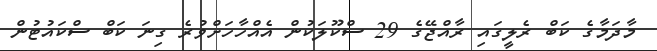
މާދަމާގެ ކަބް ރެލީގައި ރާއްޖޭގެ 29 ސްކޫލަކުން އެއްހާހަށްވުރެ ގިނަ ކަބް ސްކައުޓުން